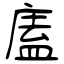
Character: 廅